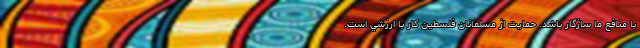
با منافع ما سازگار باشد. حمايت از مسلمانان فلسطين کار با ارزشي است.